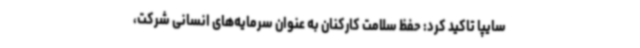
سایپا تاکید کرد: حفظ سلامت کارکنان به عنوان سرمایه‌های انسانی شرکت،